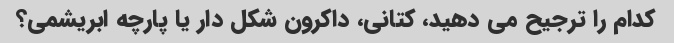
کدام را ترجیح می دهید، کتانی، داکرون شکل دار یا پارچه ابریشمی؟